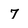
Character: 7